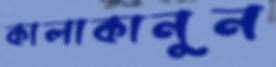
কালাকানুন